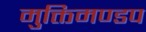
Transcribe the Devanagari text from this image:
मुक्तिमण्डप